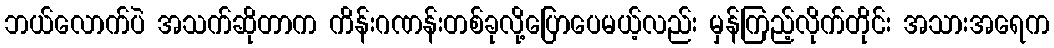
ဘယ်လောက်ပဲ အသက်ဆိုတာက ကိန်းဂဏန်းတစ်ခုလို့ပြောပေမယ့်လည်း မှန်ကြည့်လိုက်တိုင်း အသားအရေက